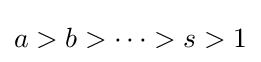
a>b>\dots >s>1